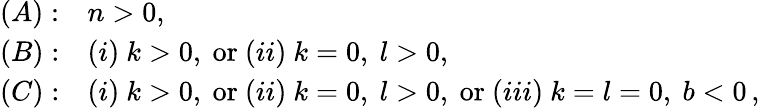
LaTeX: \begin{array}{ll}{{(A):}}&{{n>0,}}\\ {{(B):}}&{{(i)\ k>0,\ \mathrm{or}\ (ii)\ k=0,\ l>0,}}\\ {{(C):}}&{{(i)\ k>0,\ \mathrm{or}\ (ii)\ k=0,\ l>0,\ \mathrm{or}\ (iii)\ k=l=0,\ b<0\, ,}}\end{array}